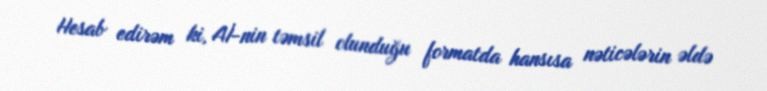
Hesab edirəm ki, Aİ-nin təmsil olunduğu formatda hansısa nəticələrin əldə